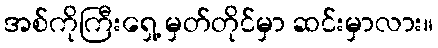
အစ်ကိုကြီးရှေ့ မှတ်တိုင်မှာ ဆင်းမှာလား။